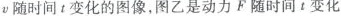
v随时间t变化的图像，图乙是动力F随时间t变化